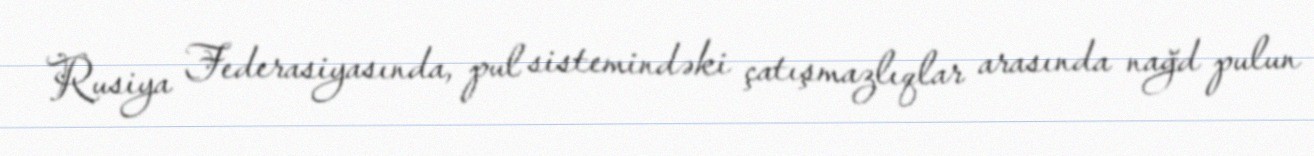
Rusiya Federasiyasında, pul sistemindəki çatışmazlıqlar arasında nağd pulun